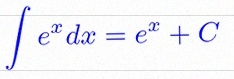
\int e^x dx=e^x+C